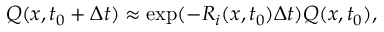
Q ( x , t _ { 0 } + \Delta t ) \approx \exp ( - R _ { i } ( x , t _ { 0 } ) \Delta t ) Q ( x , t _ { 0 } ) ,